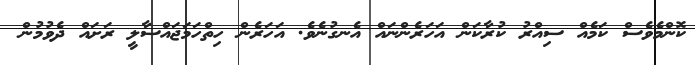
ކޮންމެވެސް ކަމެއް ސިއްރު ކުރާކަން އަހަރެންނައް އެނގުނެވެ. އަހަރެން ހިތްހަމަޖައްސާލީ ރަށައް ދެވުމުން